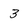
Character: 3